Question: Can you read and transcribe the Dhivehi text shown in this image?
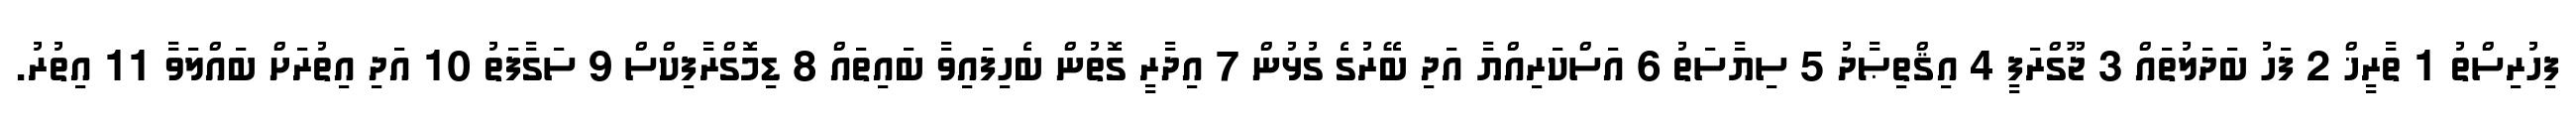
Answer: ފިހުރިސްތު 1 ތާރީޚް 2 ފަހު ބަދަލުތައް 3 ޖޫގްރަފީ 4 އިޤްތިޞާދު 5 ސިޔާސަތު 6 އަސްކަރިއްޔާ އަދި ބޭރުގެ ގުޅުން 7 އިދާރީ ގޮތުން ބެހިފައިވާ ބައިތައް 8 ޑިމޮގްރާފިކްސް 9 ސަގާފަތު 10 އަދި އިތުރަށް ބައްލަވާ 11 އިތުރު.